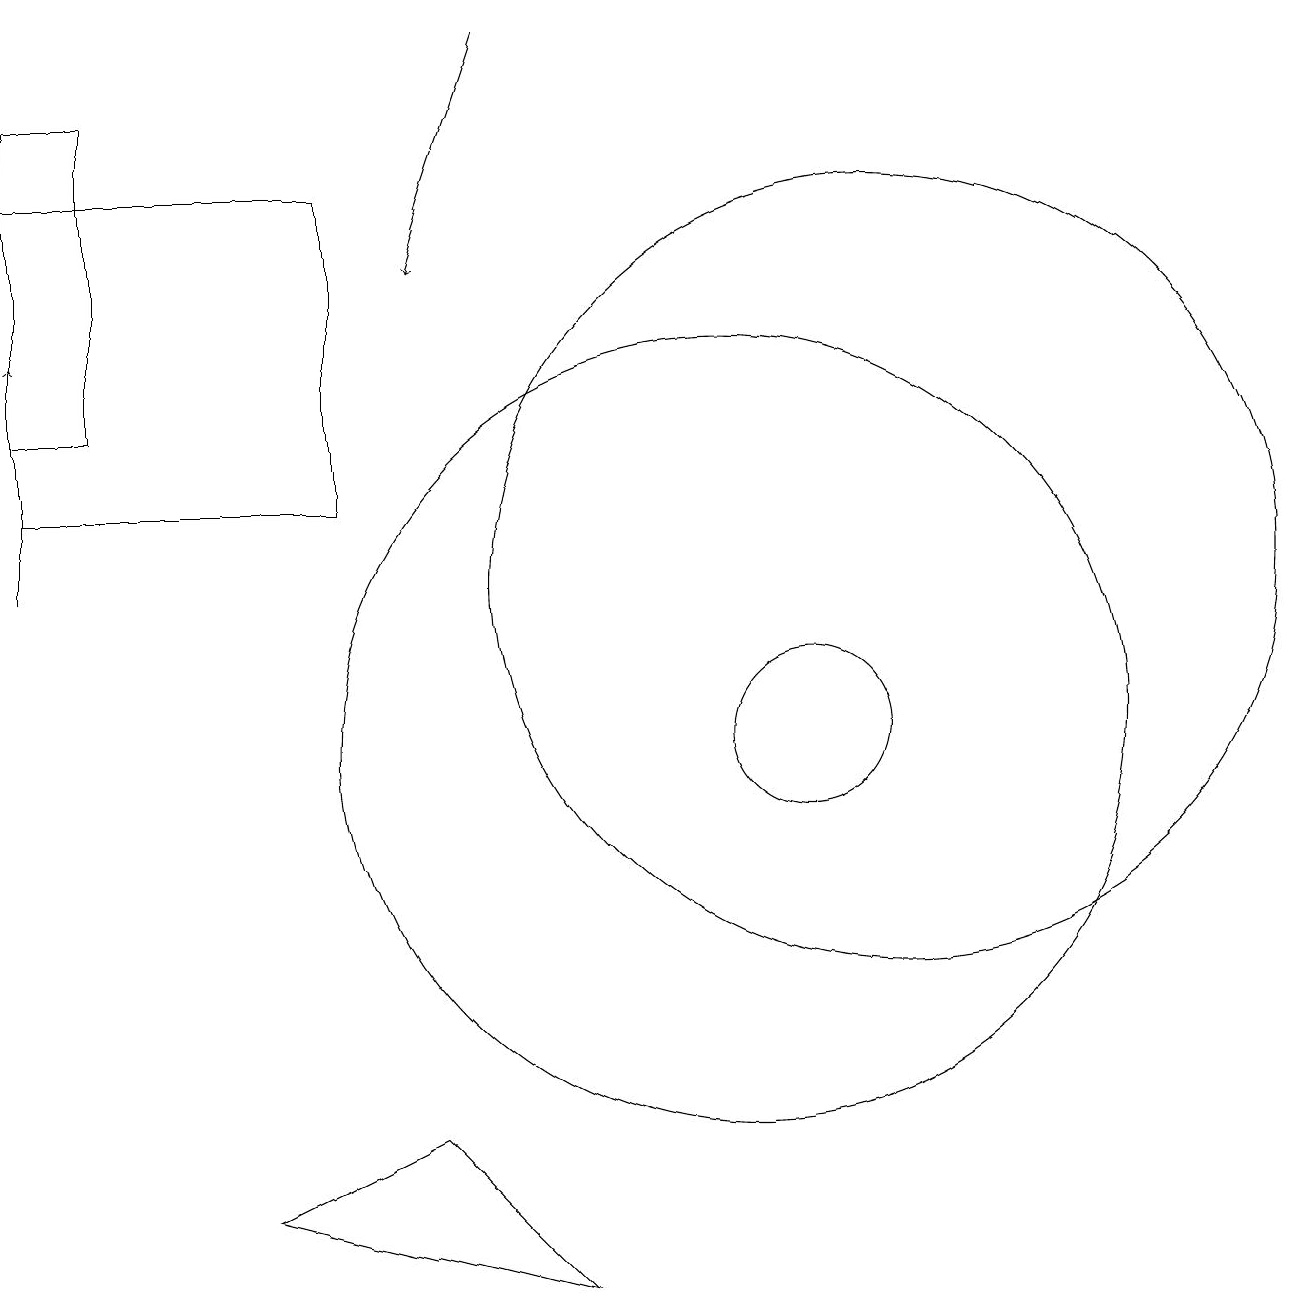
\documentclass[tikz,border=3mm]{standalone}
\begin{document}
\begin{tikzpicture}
\draw (5,13) rectangle (1,17);
\draw (1,18) rectangle (2,14);
\draw (12,12) circle (5);
\draw (11,10) circle (1);
\draw (6,5) -- (4,4) -- (8,3) -- cycle;
\draw[->] (7,19) -- (6,16);
\draw[->] (1,12) -- (1,15);
\draw (10,10) circle (5);
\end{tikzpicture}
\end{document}